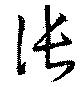
倀